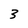
Character: 3